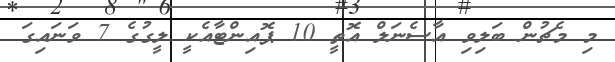
މި މެޗުން ބަލިވި އާސެނަލް އޮތީ 10 ޕޮއިންޓާއެކީ ލީގުގެ 7 ވަނައިގަ